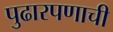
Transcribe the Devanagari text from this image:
पुढारपणाची